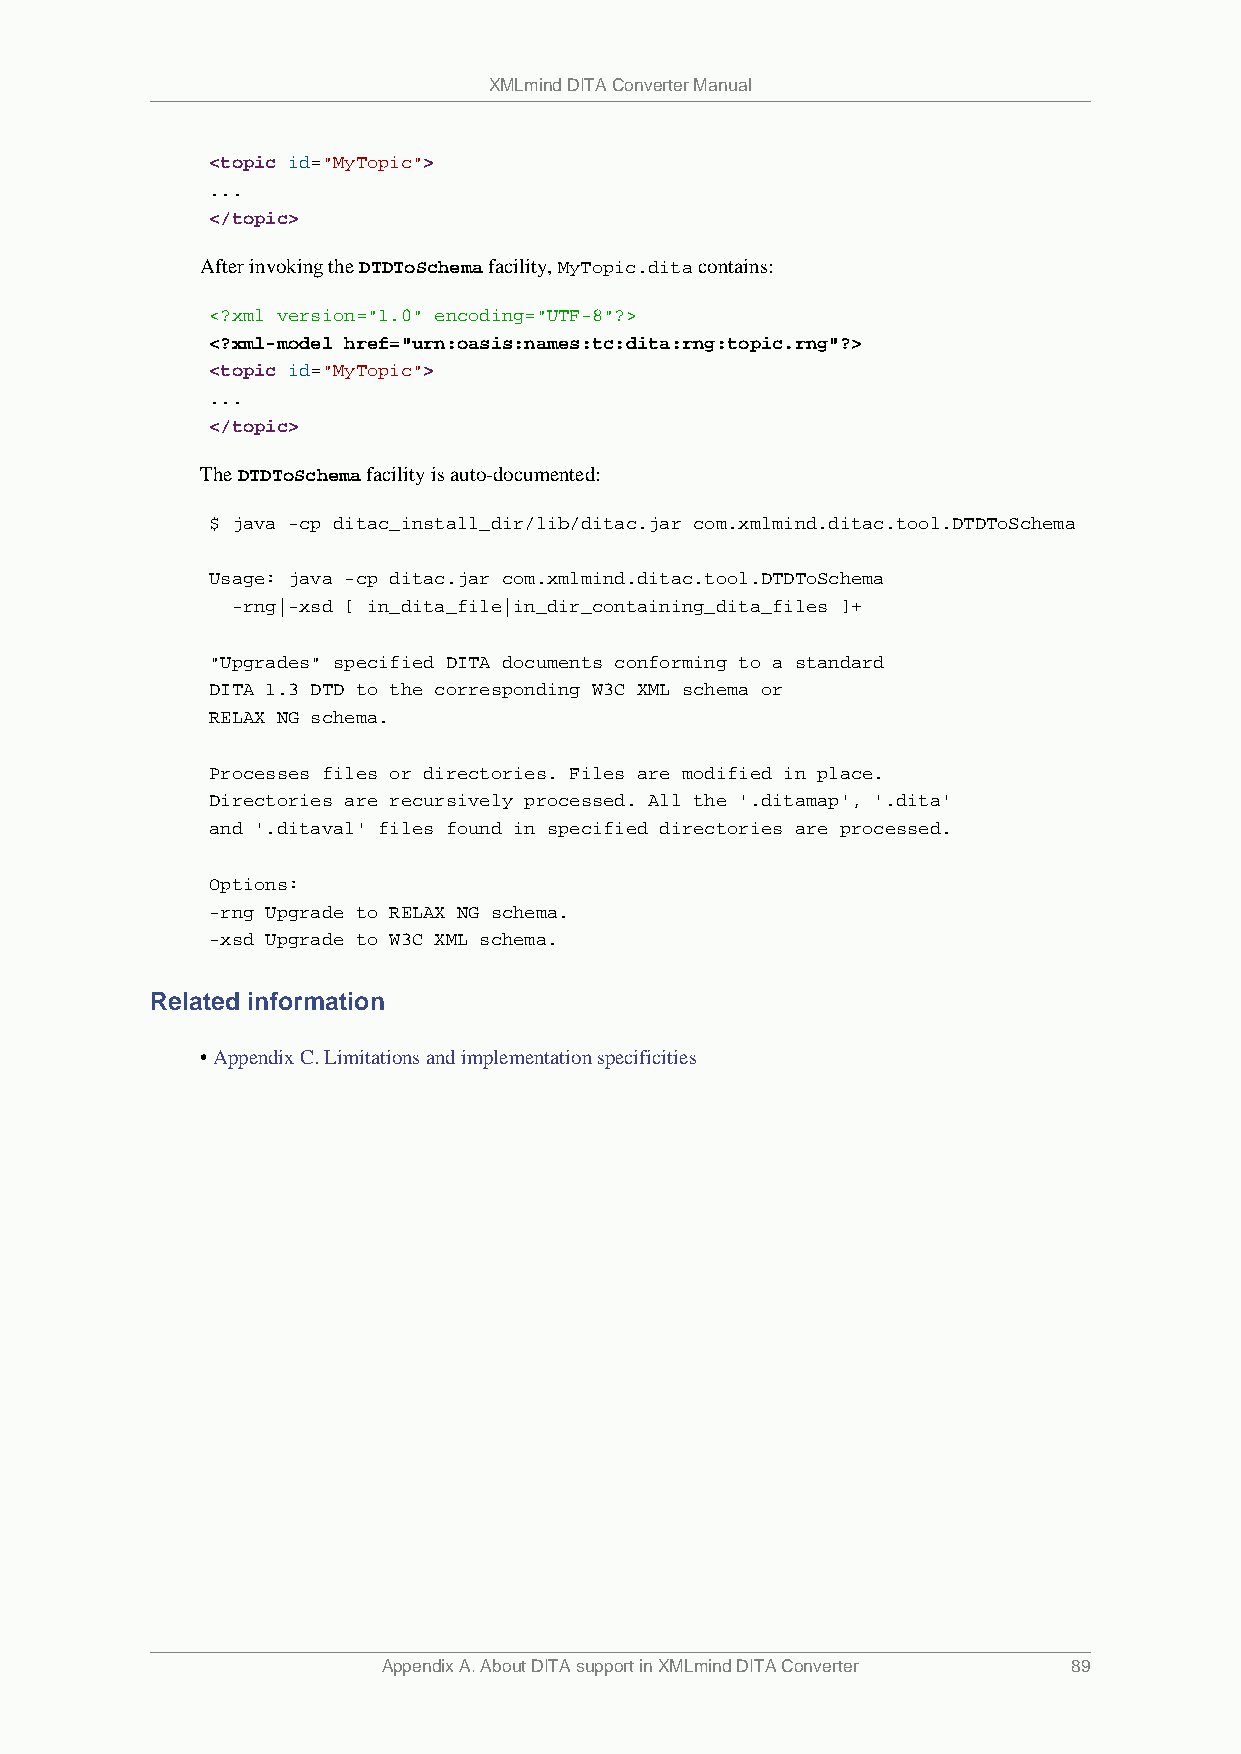
XMLmind DITA Converter Manual
 <topic id="MyTopic">
 ...
 </topic>
 After invoking the DTDToSchema facility, MyTopic.dita contains:
 <?xml version="1.0" encoding="UTF-8"?>
 <?xml-model href="urn:oasis:names:tc:dita:rng:topic.rng"?>
 <topic id="MyTopic">
 ...
 </topic>
 The DTDToSchema facility is auto-documented:
 $ java -cp ditac_install_dir/lib/ditac.jar com.xmlmind.ditac.tool.DTDToSchema
 Usage: java -cp ditac.jar com.xmlmind.ditac.tool.DTDToSchema
 -rng|-xsd [ in_dita_file|in_dir_containing_dita_files ]+
 "Upgrades" specified DITA documents conforming to a standard
 DITA 1.3 DTD to the corresponding W3C XML schema or
 RELAX NG schema.
 Processes files or directories. Files are modified in place.
 Directories are recursively processed. All the '.ditamap', '.dita'
 and '.ditaval' files found in specified directories are processed.
 Options:
 -rng Upgrade to RELAX NG schema.
 -xsd Upgrade to W3C XML schema.
 Related information
 • Appendix C. Limitations and implementation specificities
 Appendix A. About DITA support in XMLmind DITA Converter 89